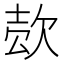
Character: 𰙍